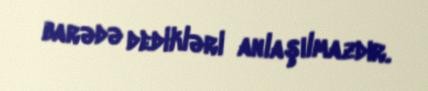
barədə dedikləri anlaşılmazdır.